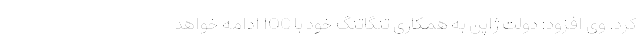
کرد. وی افزود: دولت ژاپن به همکاری تنگاتنگ خود با IOC ادامه خواهد